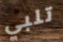
تلبي